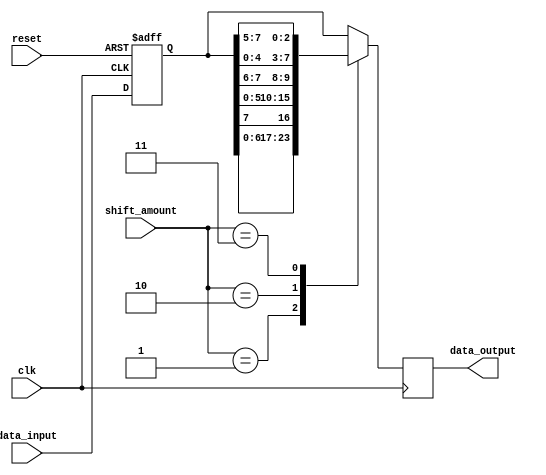
module barrel_shifter (
    input wire clk,
    input wire reset,
    input wire [3:0] shift_amount,
    input wire [7:0] data_input,
    output reg [7:0] data_output
);

reg [7:0] reg_data;
reg [7:0] shifted_data;

// Sequential logic for storing shift amount and data input
always @(posedge clk or posedge reset) begin
    if (reset) begin
        reg_data <= 8'b0; // Initialize to 0
    end else begin
        reg_data <= data_input;
    end
end

// Logic gates to implement the barrel shifter functionality
always @(*) begin
    case (shift_amount)
        4'b0000: shifted_data = reg_data;
        4'b0001: shifted_data = {reg_data[6:0],reg_data[7]};
        4'b0010: shifted_data = {reg_data[5:0],reg_data[7:6]};
        4'b0011: shifted_data = {reg_data[4:0],reg_data[7:5]};
        // Add more cases for additional stages of shifting as needed
        default: shifted_data = reg_data; // Default case: no shift
    endcase
end

// Synchronize output with the clock signal
always @(posedge clk) begin
    data_output <= shifted_data;
end

endmodule